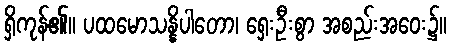
ရှိကုန်၏။ ပထမောသန္နိပါတော၊ ရှေးဦးစွာ အစည်းအဝေး၌။